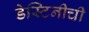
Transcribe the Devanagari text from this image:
डेस्टिनीची